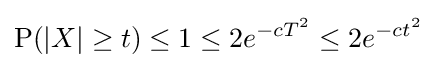
\mathrm {P} (|X|\geq t)\leq 1\leq 2e^{-cT^{2}}\leq 2e^{-ct^{2}}